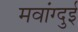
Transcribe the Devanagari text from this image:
मवांग्दुई